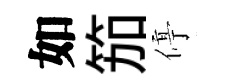
如笳停